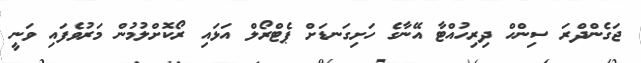
ޖަގެންދްރަ ސިންހް ދިރިހުއްޓާ އޭނާގެ ހަށިގަނޑަށް ޕެޓްރޯލް އަޅައި ރޯކޮށްލުމުން މަރުވެފައި ވަނީ